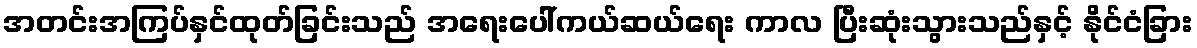
အတင်းအကြပ်နှင်ထုတ်ခြင်းသည် အရေးပေါ်ကယ်ဆယ်ရေး ကာလ ပြီးဆုံးသွားသည်နှင့် နိုင်ငံခြား